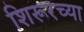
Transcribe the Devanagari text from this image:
शिरूरच्या